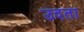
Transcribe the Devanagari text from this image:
उदता